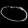
Digit: ၀